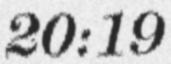
20:19